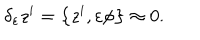
\delta _ { \varepsilon } z ^ { i } = \left\{ z ^ { i } , \varepsilon \phi \right\} \approx 0 .